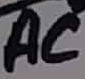
Text: AC